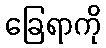
ခြေရာကို